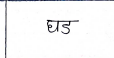
मजकूर: घड